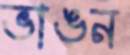
ভাঙন